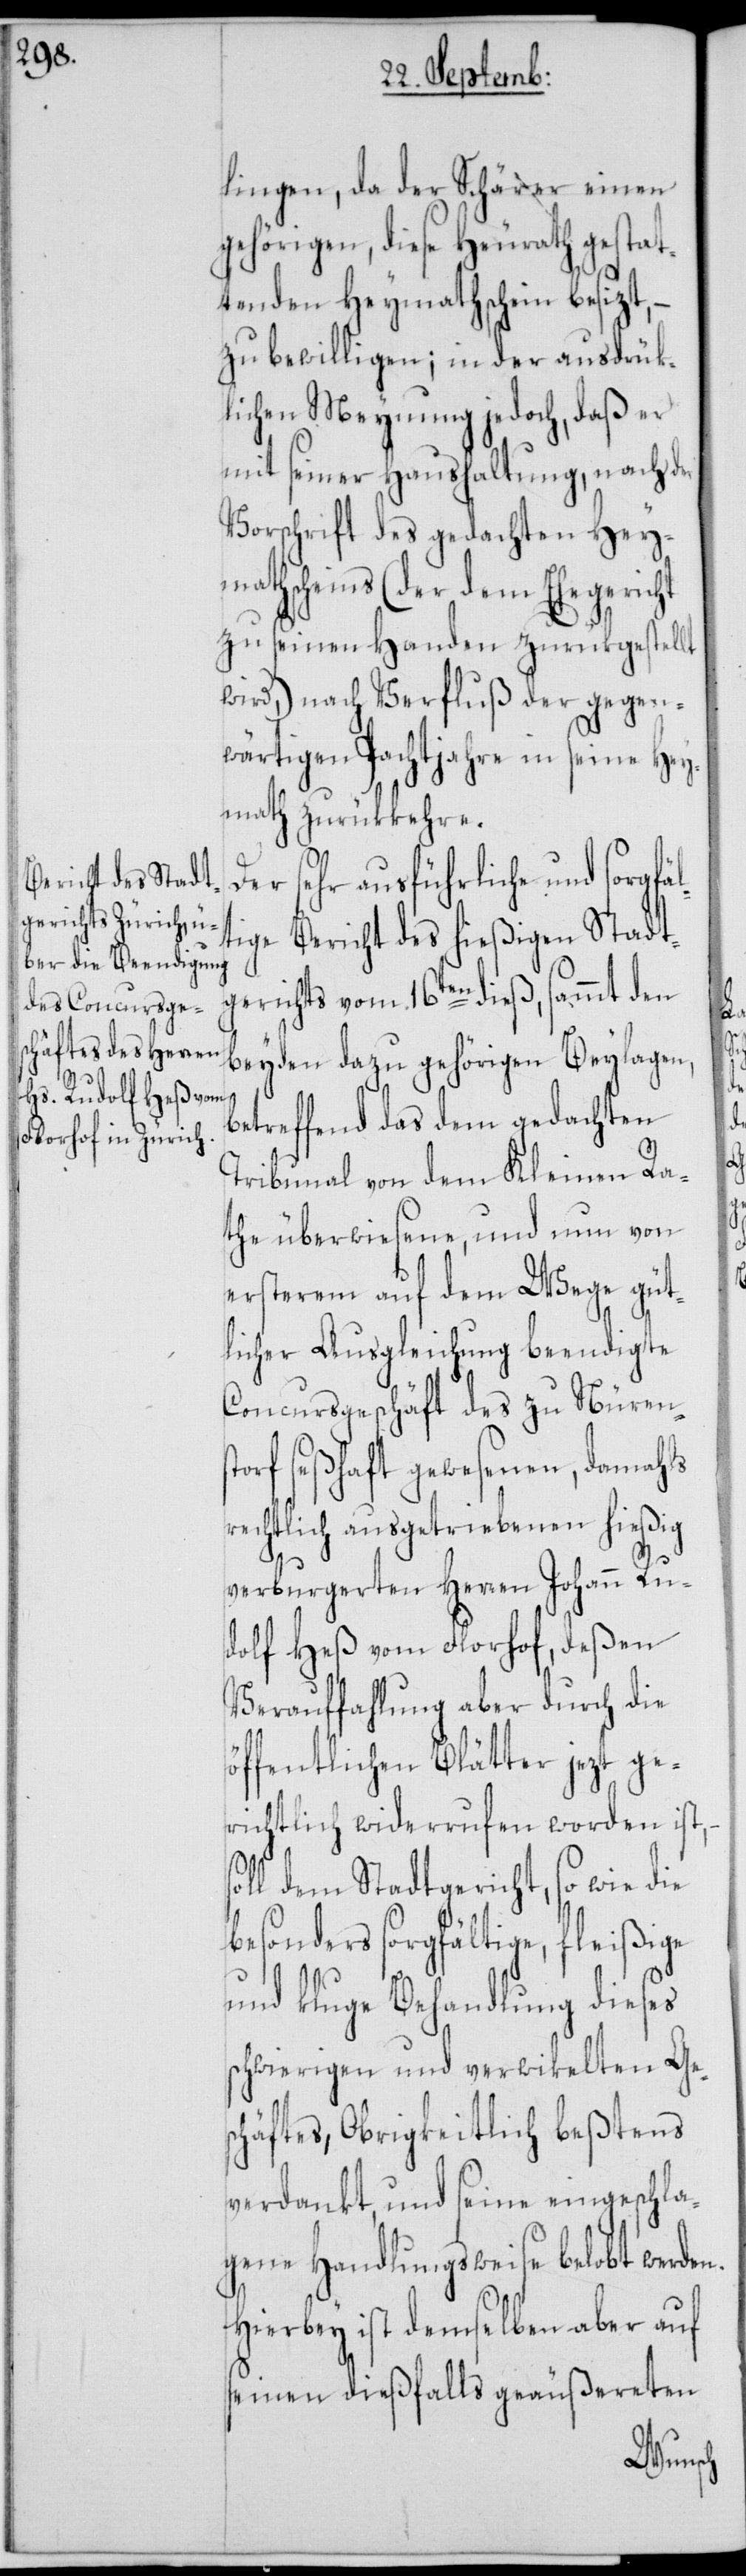
lingen, da der Schärer einen
gehörigen, diese Heurath gestat¬
tenden Heymathschein besizt,
zu bewilligen; in der ausdrük¬
lichen Meynung jedoch, daß er
mit seiner Haushaltung, nach der
Vorschrift des gedachten Hey¬
mathscheins (der dem Ehegericht
zu seinen Handen zurükgestellt
wird,) nach Verfluß der gegen¬
wärtigen Pachtjahre in seine Hey¬
math zurükkehre.
Der sehr ausführliche und sorgfäl¬
tige Bericht des hießigen Stadt¬
gerichts vom 16ten dieß, sammt den
beyden dazu gehörigen Beylagen,
betreffend das dem gedachten
Tribunal von dem Kleinen Ra¬
the überwiesene, und nun von
ersterem auf dem Wege güt¬
licher Ausgleichung beendigte
Concursgeschäft des zu Nürens¬
torf seßhaft gewesenen, damahls
rechtlich ausgetriebenen hießig
verburgerten Herren Johann Ru¬
dolf Heß vom Florhof, deßen
Verauffahlung aber durch die
öffentlichen Blätter jezt ge¬
richtlich widerrufen worden ist,
dem Stadtgericht, so wie die
besonders sorgfältige, fleißige
und kluge Behandlung dieses
schwierigen und verwikelten Ge¬
schäftes, Obrigkeitlich beßtens
verdankt, und seine eingeschla¬
gene Handlungsweise belobt werde¬
Hierbey ist demselben aber auf
seinen dießfalls geäußereten
n.